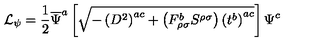
{ \cal { L } } _ { \psi } = \frac { 1 } { 2 } \overline { { \Psi } } ^ { a } \left[ \sqrt { - \left( D ^ { 2 } \right) ^ { a c } + \left( F _ { \rho \sigma } ^ { b } S ^ { \rho \sigma } \right) \left( t ^ { b } \right) ^ { a c } } \right] \Psi ^ { c }